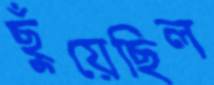
ছুঁয়েছিল